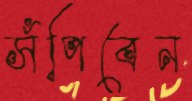
সঁপিবেন